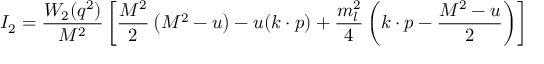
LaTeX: { \cal I } _ { 2 } = \frac { W _ { 2 } ( q ^ { 2 } ) } { M ^ { 2 } } \left[ \frac { M ^ { 2 } } { 2 } \left( M ^ { 2 } - u \right) - u ( k \cdot p ) + \frac { m _ { l } ^ { 2 } } { 4 } \left( k \cdot p - \frac { M ^ { 2 } - u } { 2 } \right) \right]